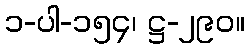
၁-ပါ-၁၅၄၊ ဋ္ဌ-၂၉၀။